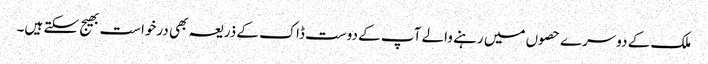
ملک کے دوسرے حصوں میں رہنے والے آپ کے دوست ڈاک کے ذریعہ بھی درخواست بھیج سکتے ہیں۔